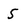
Character: 5